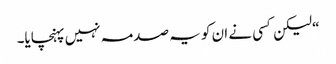
“ لیکن کسی نے ان کو یہ صدمہ نہیں پہنچایا۔